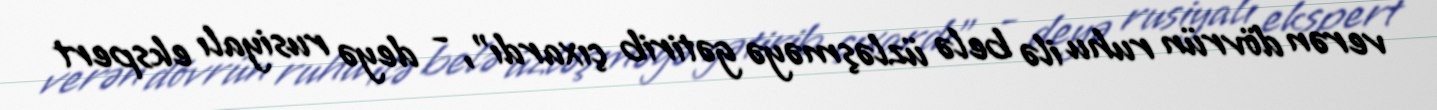
verən dövrün ruhu ilə belə üzləşməyə gətirib çıxardı", - deyə rusiyalı ekspert